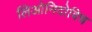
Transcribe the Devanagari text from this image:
लिओनिदोविच